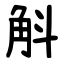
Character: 斛